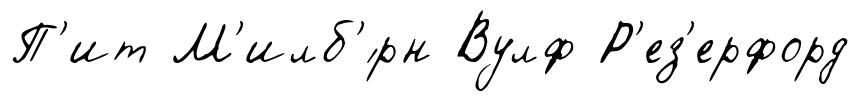
П'ит М'илб'́рн Вулф Р'ез'ерфорд